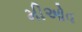
મીઓવ